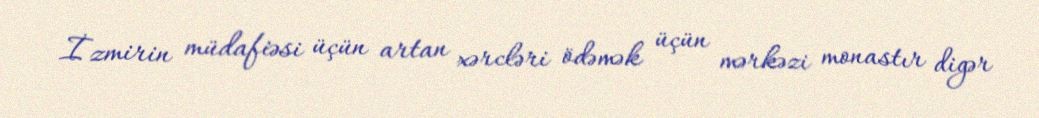
İzmirin müdafiəsi üçün artan xərcləri ödəmək üçün mərkəzi monastır digər